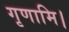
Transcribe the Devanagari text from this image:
गृणामि।